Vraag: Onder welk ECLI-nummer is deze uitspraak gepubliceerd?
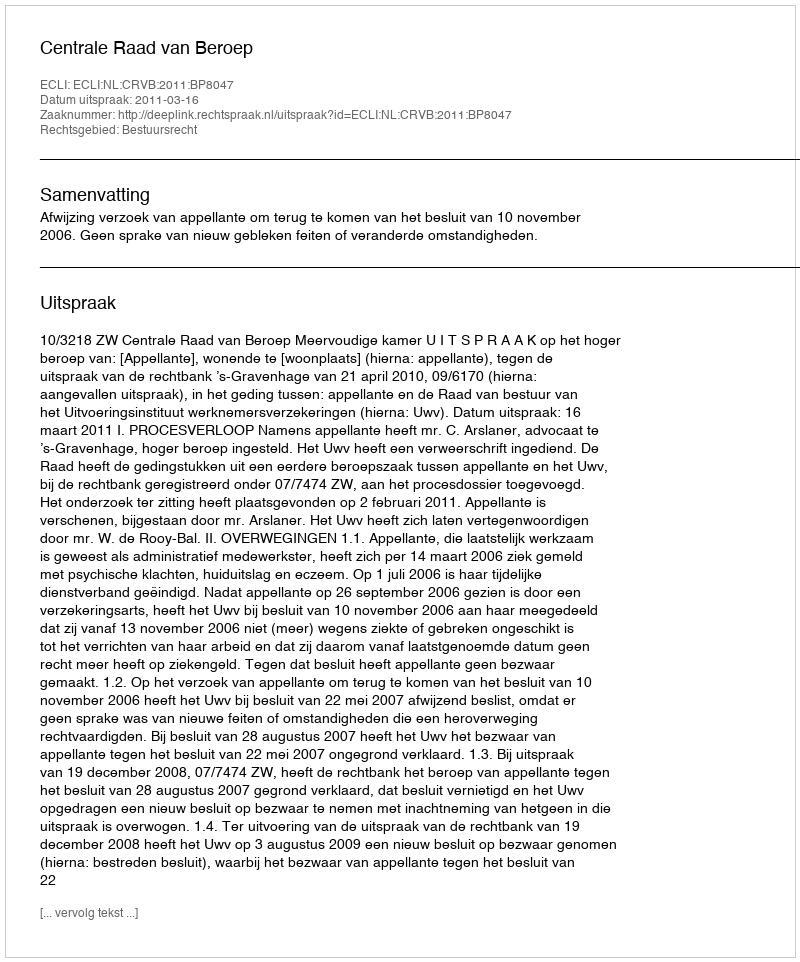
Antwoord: ECLI:NL:CRVB:2011:BP8047